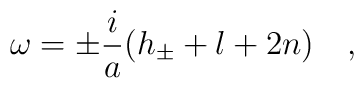
\omega=\pm\frac{i}{a}(h_{\pm} + l + 2n)\quad,